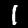
Label: 1